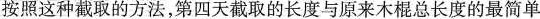
按照这种截取的方法，第四天截取的长度与原来木棍总长度的最简单